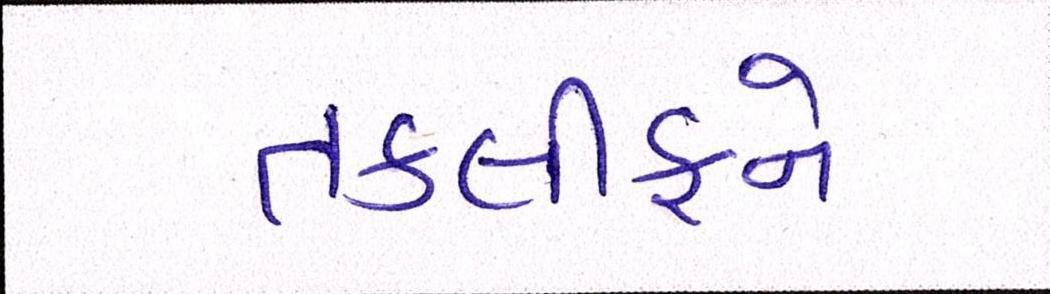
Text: તકલીફને